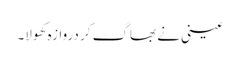
عینی نے بھاگ کر دروازہ کھولا۔